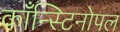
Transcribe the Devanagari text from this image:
काँन्स्टिनोपल